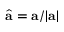
\hat { { \bf a } } = { \bf a } / | { \bf a } |